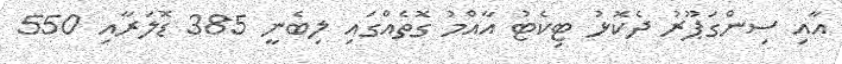
އާއި ސިންގަޕޫރު ދެކޮޅު ޓިކެޓު އާއްމު ގޮތެއްގައި ލިބެނީ 385 ޑޮލަރާއި 550